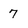
Character: 7